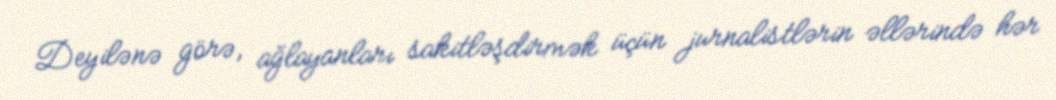
Deyilənə görə, ağlayanları sakitləşdirmək üçün jurnalistlərin əllərində hər